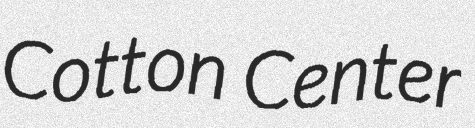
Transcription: Cotton Center